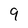
Character: 9